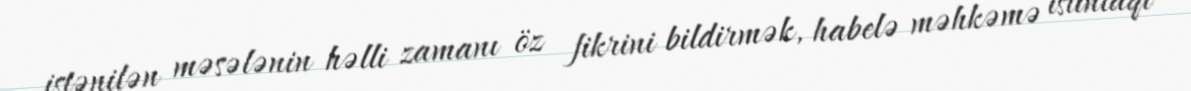
istənilən məsələnin həlli zamanı öz fikrini bildirmək, habelə məhkəmə istintaqı